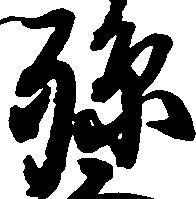
孫